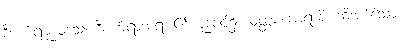
ဒီပင်္ကရဗုဒ္ဓဝံသေ၊ ဒီပင်္ကရာဘုရား၏ ဗုဒ္ဓဝင်၌။ ဝုတ္တပကာရာနိ၊ ဆိုအပ်သော